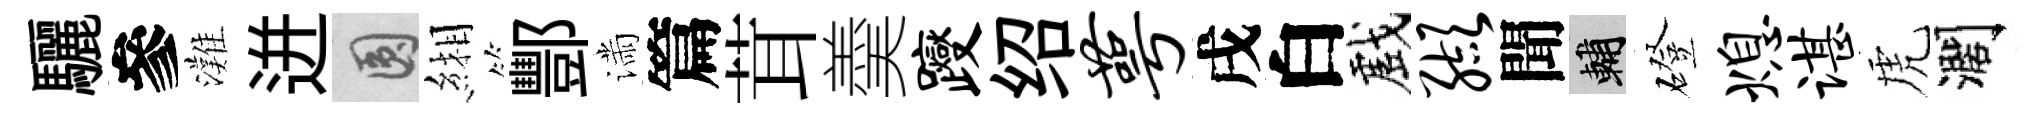
驪參灘迸圓緗酆滿篇茸羮躞绍萼戌白戲缬聞輔磴熄谌虎濶